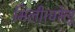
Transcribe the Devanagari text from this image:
मिली।घरेलू